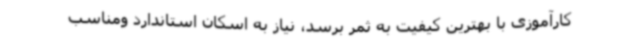
کارآموزی با بهترین کیفیت به ثمر برسد، نیاز به اسکان استاندارد ومناسب